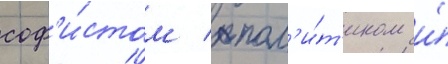
соф'и́стом / пол'и́т'иком и́